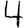
Digit: 4